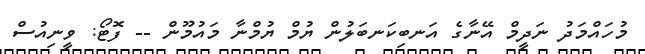
މުހައްމަދު ނަދީމް އޭނާގެ އަނބިކަނބަލުން ޔުމް ޔުމްނާ މައުމޫން -- ފޮޓޯ: ވީނިއުސް